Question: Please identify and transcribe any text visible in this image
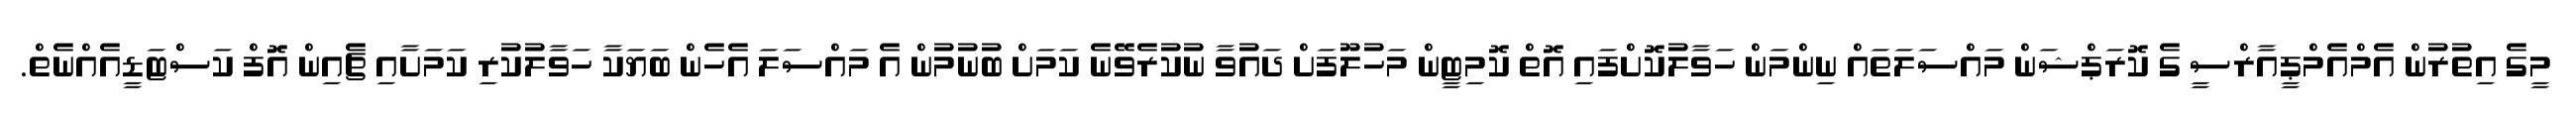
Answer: މީގެ އިތުރުން އެމްއެމްޕީއާރްސީ ގެ ކޮރަޕްޝަން މައްސަލަތައް ނިންމަން ހަވާލުކޮށްފައި އޮތް ކޮމިޓީން މަހުލޫފަށް ދައުވާ ނުކުރެވޭނެ ކަމަށް ބުނުމުން އެ މައްސަލަ އެހެން ބަޔަކާ ހަވާލުކުރި ކަމަށާއި ޗެއިން އޮފް ކަސްޓަޑީއެއްނެތް.